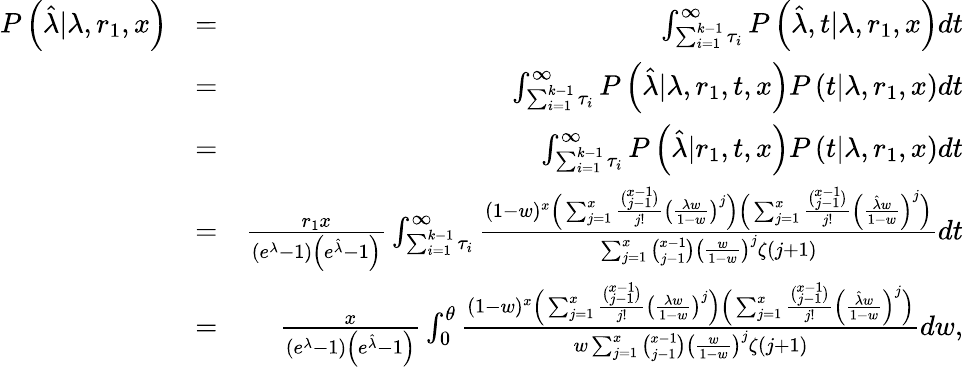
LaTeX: \begin{array}{rlr}{P\left(\hat{\lambda}|\lambda,r_{1},x\right)}&{=}&{\int_{\sum_{i=1}^{k-1}\tau_{i}}^{\infty}P\left(\hat{\lambda},t|\lambda,r_{1},x\right)dt}\\ &{=}&{\int_{\sum_{i=1}^{k-1}\tau_{i}}^{\infty}P\left(\hat{\lambda}|\lambda,r_{1},t,x\right)P\left(t|\lambda,r_{1},x\right)dt}\\ &{=}&{\int_{\sum_{i=1}^{k-1}\tau_{i}}^{\infty}P\left(\hat{\lambda}|r_{1},t,x\right)P\left(t|\lambda,r_{1},x\right)dt}\\ &{=}&{\frac{r_{1}x}{\left(e^{\lambda}-1\right)\left(e^{\hat{\lambda}}-1\right)}\int_{\sum_{i=1}^{k-1}\tau_{i}}^{\infty}\frac{(1-w)^{x}\Big(\sum_{j=1}^{x}\frac{\binom{x-1}{j-1}}{j!}\left(\frac{\lambda w}{1-w}\right)^{j}\Big)\Big(\sum_{j=1}^{x}\frac{\binom{x-1}{j-1}}{j!}\left(\frac{\hat{\lambda}w}{1-w}\right)^{j}\Big)}{\sum_{j=1}^{x}\binom{x-1}{j-1}\left(\frac{w}{1-w}\right)^{j}\zeta(j+1)}dt}\\ &{=}&{\frac{x}{\left(e^{\lambda}-1\right)\left(e^{\hat{\lambda}}-1\right)}\int_{0}^{\theta}\frac{(1-w)^{x}\Big(\sum_{j=1}^{x}\frac{\binom{x-1}{j-1}}{j!}\left(\frac{\lambda w}{1-w}\right)^{j}\Big)\Big(\sum_{j=1}^{x}\frac{\binom{x-1}{j-1}}{j!}\left(\frac{\hat{\lambda}w}{1-w}\right)^{j}\Big)}{w\sum_{j=1}^{x}\binom{x-1}{j-1}\left(\frac{w}{1-w}\right)^{j}\zeta(j+1)}dw,}\end{array}